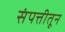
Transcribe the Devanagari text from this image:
संपत्तीतून